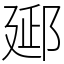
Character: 郔